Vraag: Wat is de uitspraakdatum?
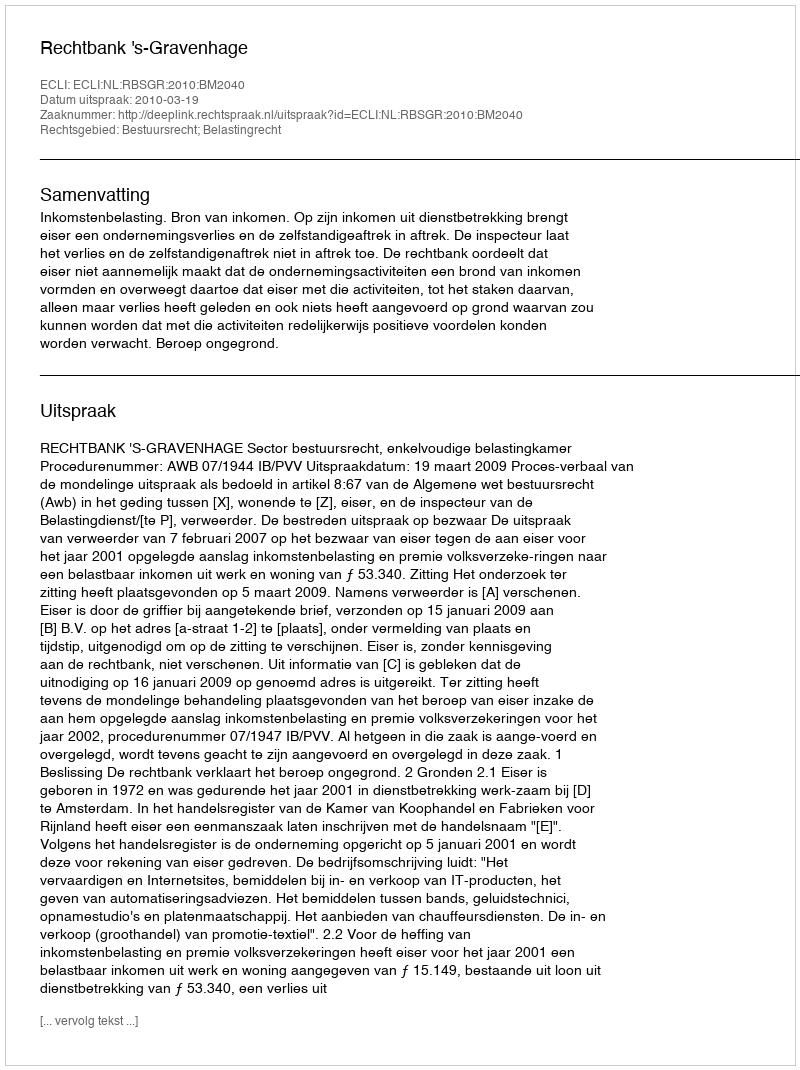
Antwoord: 2010-03-19